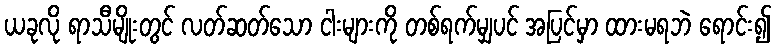
ယခုလို ရာသီမျိုးတွင် လတ်ဆတ်သော ငါးများကို တစ်ရက်မျှပင် အပြင်မှာ ထားမရဘဲ ရောင်း၍